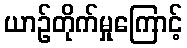
ယာဉ်တိုက်မှုကြောင့်